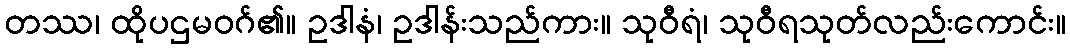
တဿ၊ ထိုပဌမဝဂ်၏။ ဥဒါနံ၊ ဥဒါန်းသည်ကား။ သုဝီရံ၊ သုဝီရသုတ်လည်းကောင်း။